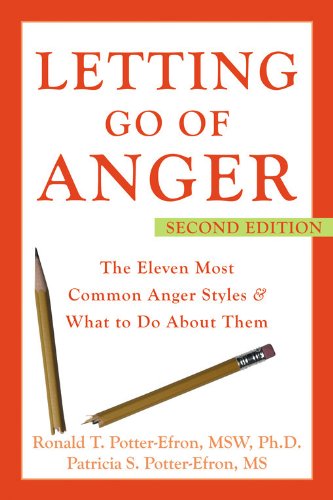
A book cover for Letting Go of Anger: The Eleven Most Common Anger Styles And What to Do About Them; Ronald Potter-Efron; Self-Help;